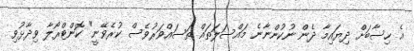
އެ ހިސާބަށް ދިޔައިމާ ދެން ނުކުންނާނެ މައްސަލަތައް ތަސައްވަރުވެސް ކުރެވޭނީ" ކޮންޓްރޯލާ ވިދާޅުވި